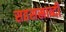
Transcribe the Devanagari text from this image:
सहसस्राब्दी